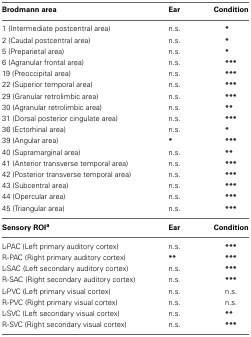
| Brodmann area | Ear | Condition |
 | --- | --- | --- |
 | 1 (Intermediate postcentral area) | n.s. | * |
 | 2 (Caudal postcentral area) | n.s. | * |
 | 5 (Preparietal area) | n.s. | * |
 | 6 (Agranular frontal area) | n.s. | *** |
 | 19 (Preoccipital area) | n.s. | *** |
 | 22 (Superior temporal area) | n.s. | *** |
 | 29 (Granular retrolimbic area) | n.s. | *** |
 | 30 (Agranular retrolimbic area) | n.s. | ** |
 | 31 (Dorsal posterior cingulate area) | n.s. | *** |
 | 36 (Ectorhinal area) | n.s. | * |
 | 39 (Angular area) | * | *** |
 | 40 (Supramarginal area) | n.s. | ** |
 | 41 (Anterior transverse temporal area) | n.s. | *** |
 | 42 (Posterior transverse temporal area) | n.s. | *** |
 | 43 (Subcentral area) | n.s. | *** |
 | 44 (Opercular area) | n.s. | *** |
 | 45 (Triangular area) | n.s. | *** |
 | Sensory ROIa | Ear | Condition |
 | L-PAC (Left primary auditory cortex) | n.s. | *** |
 | R-PAC (Right primary auditory cortex) | ** | *** |
 | L-SAC (Left secondary auditory cortex) | n.s. | *** |
 | R-SAC (Right secondary auditory cortex) | n.s. | *** |
 | L-PVC (Left primary visual cortex) | n.s. | n.s. |
 | R-PVC (Right primary visual cortex) | n.s. | n.s. |
 | L-SVC (Left secondary visual cortex) | n.s. | ** |
 | R-SVC (Right secondary visual cortex) | n.s. | *** |